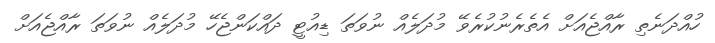
ހުއްދަނެތި ރާއްޖެއަށް އެތެރެނުކުރެވޭ މުދަލެއް ނުވަތަ ޑިއުޓީ ދައްކަންޖެހޭ މުދަލެއް ނުވަތަ ރާއްޖެއަށް